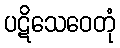
ပဋိသေဝေတုံ